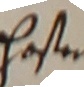
hasten